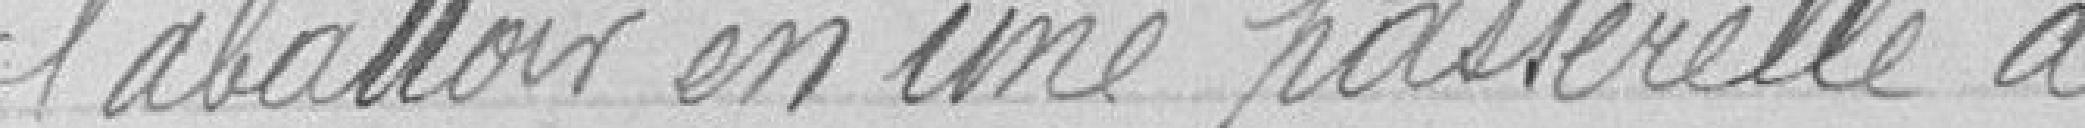
l'abattoir en une passerelle de